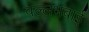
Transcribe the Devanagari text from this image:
वल्लभबाई